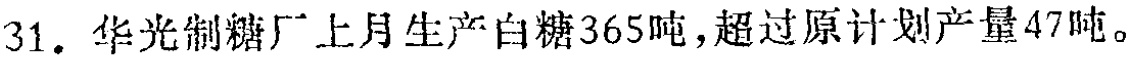
31. 华光制糖厂上月生产白糖365吨，超过原计划产量47吨。